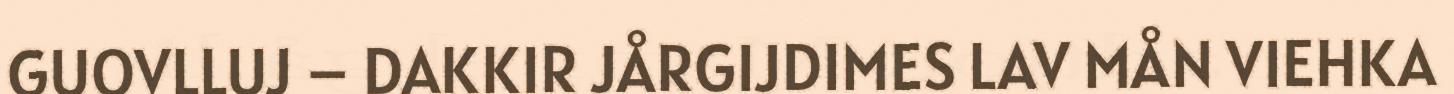
GUOVLLUJ – DAKKIR JÅRGIJDIMES LAV MÅN VIEHKA